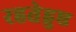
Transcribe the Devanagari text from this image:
रहतेहुए